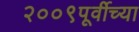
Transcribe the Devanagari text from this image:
२००९पूर्वीच्या